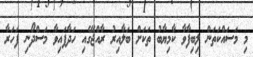
މި މަސައްކަތަން ލިބިފާވާ ކާމިޔާބު ތަކަށް ބަލާއިރު ރާއްޖޭގެއި ހަދާފައިވާ މަސްދޯނި ފަހަރާ